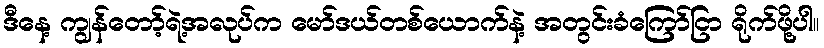
ဒီနေ့ ကျွန်တော့်ရဲ့အလုပ်က မော်ဒယ်တစ်ယောက်နဲ့ အတွင်းခံကြော်ငြာ ရိုက်ဖို့ပါ။